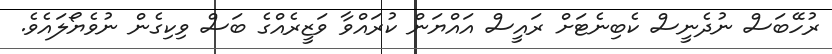
ރުހޭބަސް ނުދެނީސް ކެބިނެޓަށް ރައީސް އައްޔަން ކުރައްވާ ވަޒީރެއްގެ ބަސް ވިކިގެން ނުވެޔޯލައެވެ.